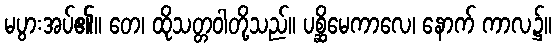
မပွားအပ်၏။ တေ၊ ထိုသတ္တဝါတို့သည်။ ပစ္ဆိမေကာလေ၊ နောက် ကာလ၌။